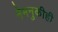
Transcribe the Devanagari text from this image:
नेमनुकीही